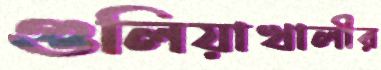
গুলিয়াখালীর